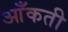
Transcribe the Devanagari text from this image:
आँकती